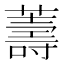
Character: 薵